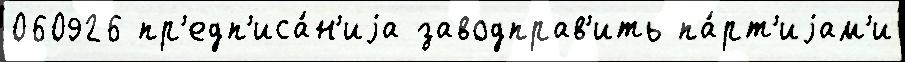
060926 пр'едп'иса́н'иjа заводправ'ить па́рт'иjам'и